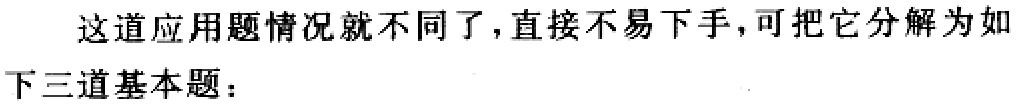
这道应用题情况就不同了，直接不易下手，可把它分解为如下三道基本题：